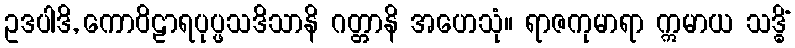
ဥဒပါဒိ, ကောဝိဠာရပုပ္ဖသဒိသာနိ ဂတ္တာနိ အဟေသုံ။ ရာဇကုမာရာ ဣမာယ သဒ္ဓိံ